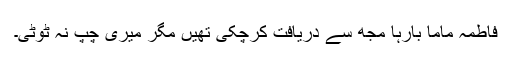
فاطمہ ماما بارہا مجھ سے دریافت کرچکی تھیں مگر میری چپ نہ ٹوٹی۔